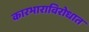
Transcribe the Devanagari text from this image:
कारभाराविरोधात